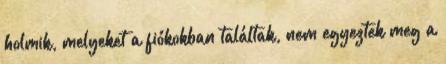
holmik, melyeket a fiókokban találtak, nem egyeztek meg a